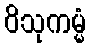
ဝိသုကမ္မံ